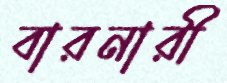
বারনারী